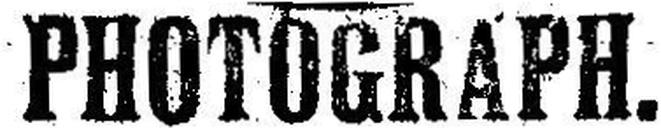
PHOTOGRAPH.